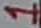
Text: 1